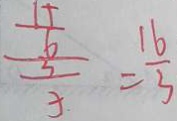
\frac { \frac { 1 5 } { 6 } } { \frac { 3 } { 5 } } = \frac { 1 6 } { 3 }